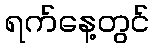
ရက်နေ့တွင်